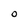
Character: O